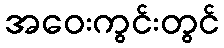
အဝေးကွင်းတွင်